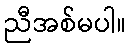
ညီအစ်မပါ။